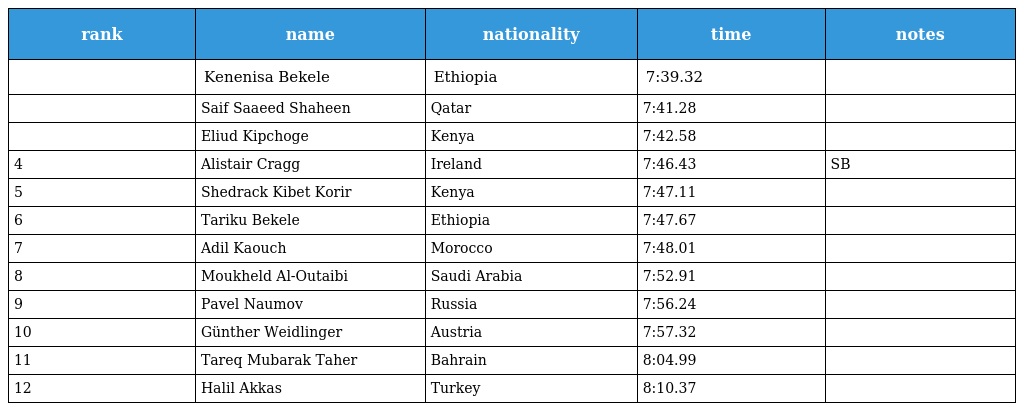
| rank | name | nationality | time | notes |
 | --- | --- | --- | --- | --- |
 |  | Kenenisa Bekele | Ethiopia | 7:39.32 |  |
 |  | Saif Saaeed Shaheen | Qatar | 7:41.28 |  |
 |  | Eliud Kipchoge | Kenya | 7:42.58 |  |
 | 4 | Alistair Cragg | Ireland | 7:46.43 | SB |
 | 5 | Shedrack Kibet Korir | Kenya | 7:47.11 |  |
 | 6 | Tariku Bekele | Ethiopia | 7:47.67 |  |
 | 7 | Adil Kaouch | Morocco | 7:48.01 |  |
 | 8 | Moukheld Al-Outaibi | Saudi Arabia | 7:52.91 |  |
 | 9 | Pavel Naumov | Russia | 7:56.24 |  |
 | 10 | Günther Weidlinger | Austria | 7:57.32 |  |
 | 11 | Tareq Mubarak Taher | Bahrain | 8:04.99 |  |
 | 12 | Halil Akkas | Turkey | 8:10.37 |  |